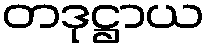
တဒုဋ္ဌာယ